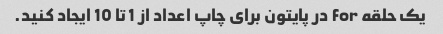
یک حلقه for در پایتون برای چاپ اعداد از 1 تا 10 ایجاد کنید.